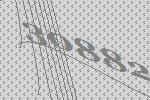
30882